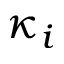
\kappa _ { i }